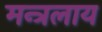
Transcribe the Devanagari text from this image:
मन्त्रलाय